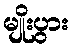
မျိုးပွား